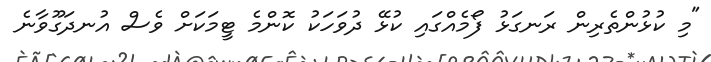
"މި ކުޅުންތެރިން ރަނގަޅު ފޯމެއްގައި ކުޅޭ ދުވަހަކު ކޮންމެ ޓީމަކަށް ވެސް އުނދަގޫވާނެ